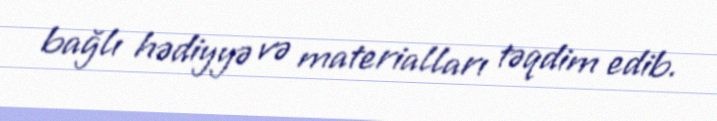
bağlı hədiyyə və materialları təqdim edib.